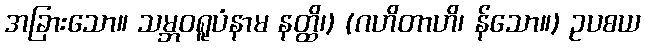
အခြားသော။ သမ္ဘဝရူပံနာမ နတ္ထိ၊) (ဂဟိတာဟိ၊ န်သော။) ဥပစယ